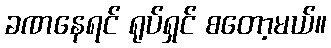
ခဏနေရင် ရုပ်ရှင် စတော့မယ်။